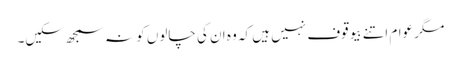
مگر عوام اتنے بیوقوف نہیں ہیں کہ وہ ان کی چالوں کو نہ سمجھ سکیں۔